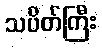
သပိတ်ကြီး